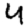
Digit: 4